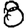
Digit: 8